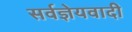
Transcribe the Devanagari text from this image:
सर्वज्ञेयवादी